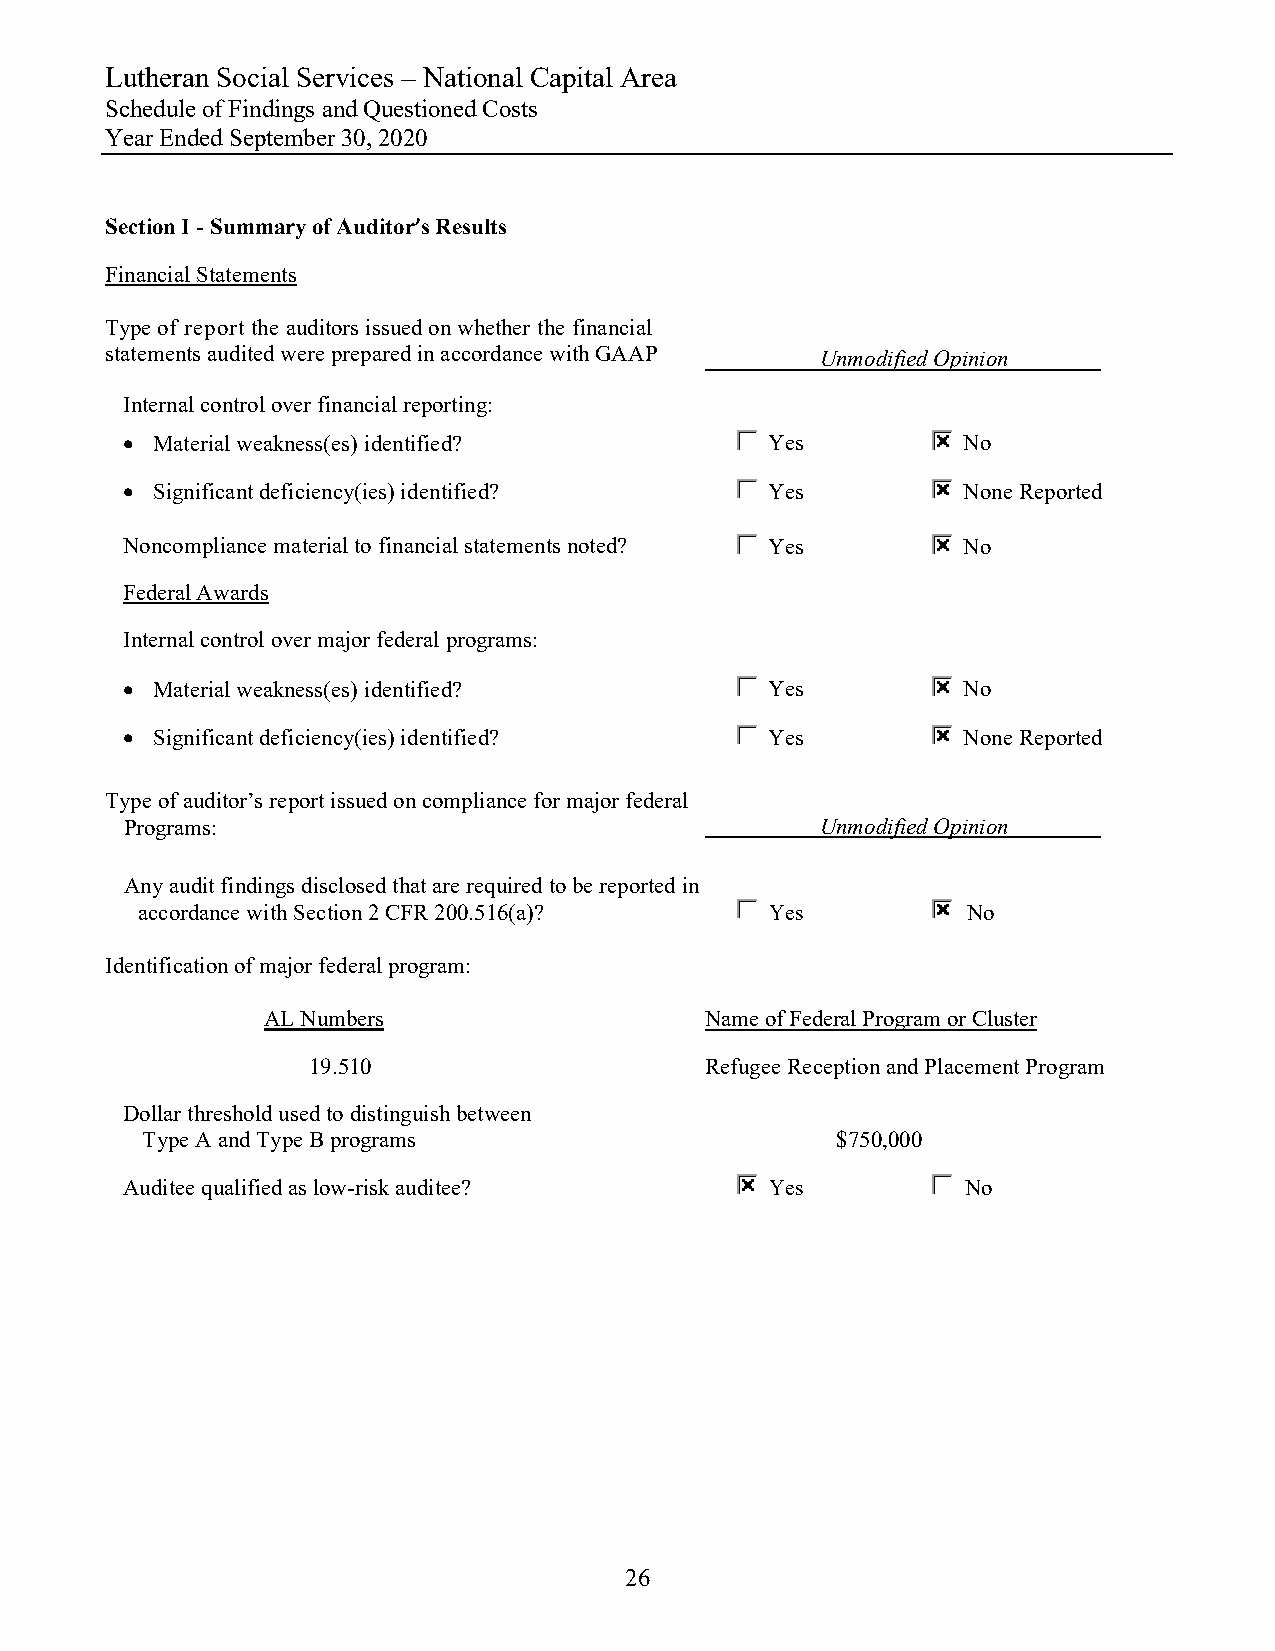
Lutheran Social Services – National Capital Area
 Schedule of Findings and Questioned Costs
 Year Ended September 30, 2020
 Section I - Summary of Auditor’s Results
 Financial Statements
 Type of report the auditors issued on whether the financial
 statements audited were prepared in accordance with GAAP Unmodified Opinion
 Internal control over financial reporting:
  Material weakness(es) identified?        Yes          No
  Significant deficiency(ies) identified?  Yes          None Reported
 Noncompliance material to financial statements noted? Yes No
 Federal Awards
 Internal control over major federal programs:
  Material weakness(es) identified?        Yes          No
  Significant deficiency(ies) identified?  Yes          None Reported
 Type of auditor’s report issued on compliance for major federal
 Programs:                                     Unmodified Opinion
 Any audit findings disclosed that are required to be reported in
 accordance with Section 2 CFR 200.516(a)? Yes          No
 Identification of major federal program:
 AL Numbers                   Name of Federal Program or Cluster
 19.510                     Refugee Reception and Placement Program
 Dollar threshold used to distinguish between
 Type A and Type B programs                    $750,000
 Auditee qualified as low-risk auditee?     Yes          No
 26